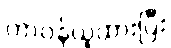
တာဝန်ယူထားပြီး